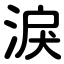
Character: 淚